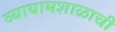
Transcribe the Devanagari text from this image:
व्यायामशाळाची